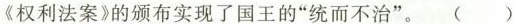
《权利法案》的颁布实现了国王的”统而不治”。()